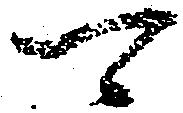
可